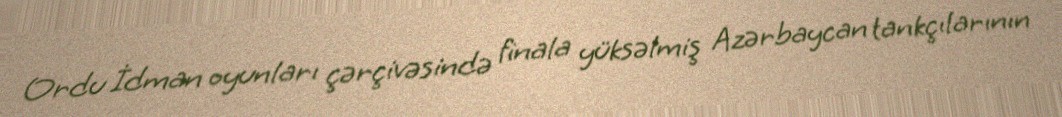
Ordu İdman oyunları çərçivəsində finala yüksəlmiş Azərbaycan tankçılarının